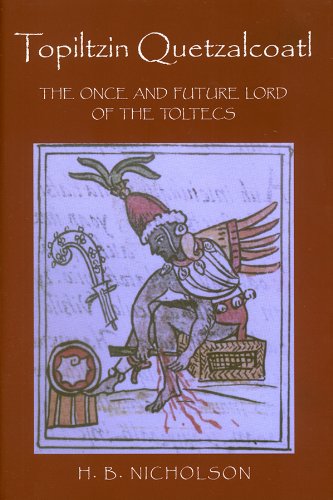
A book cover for Topiltzin Quetzalcoatl: The Once and Future Lord of the Toltecs (Mesoamerican Worlds); H. B. Nicholson; History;